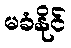
မခံနိုင်